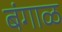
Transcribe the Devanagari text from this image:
बंगाळ